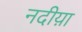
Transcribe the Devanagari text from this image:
नदीय़ा